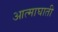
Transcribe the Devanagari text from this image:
आत्माघाती